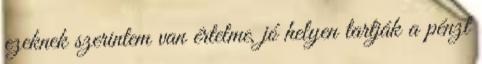
ezeknek szerintem van értelme, jó helyen tartják a pénzt